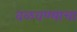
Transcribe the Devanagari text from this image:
वळवण्याचा